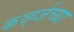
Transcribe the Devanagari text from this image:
कर्व्ह्जच्या